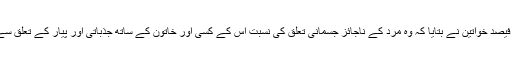
تحقیق میں شامل 18 سے 65 سال کی 65 فیصد خواتین نے بتایا کہ وہ مرد کے ناجائز جسمانی تعلق کی نسبت اس کے کسی اور خاتون کے ساتھ جذباتی اور پیار کے تعلق سے زیادہ کرب اور خطرہ محسوس کریں گی۔